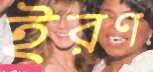
ইরণ